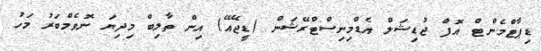
ޑިޕާޓްމެންޓް އޮފް ޖުޑިޝަލް އެޑްމިނިސްޓްރޭޝަން (ޑީޖޭއޭ) އިން ތާލިބް މިދިޔަ ނޮވެމްބަރު މަހު